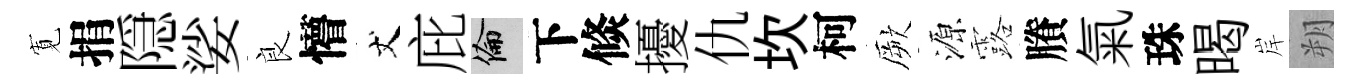
𡩖捐隠娑良懵丈庇倫下倐擾仇坎柯厥源露賸氣珠暍岸朔